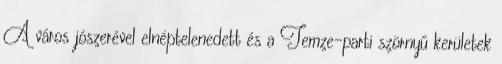
A város jószerével elnéptelenedett és a Temze-parti szörnyű kerületek